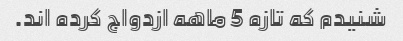
شنیدم که تازه 5 ماهه ازدواج کرده اند.